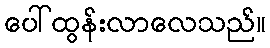
ပေါ်ထွန်းလာလေသည်။